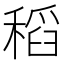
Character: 稻